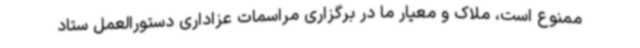
ممنوع است، ملاک و معیار ما در برگزاری مراسمات عزاداری دستورالعمل ستاد